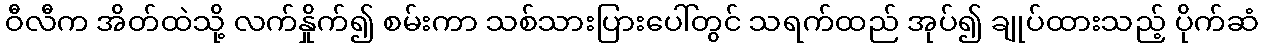
ဝီလီက အိတ်ထဲသို့ လက်နှိုက်၍ စမ်းကာ သစ်သားပြားပေါ်တွင် သရက်ထည် အုပ်၍ ချုပ်ထားသည့် ပိုက်ဆံ